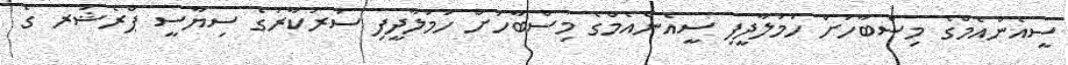
ސީއެންއެމްގެ މިސްބާހަށް ހަމަލާދީފި ސީއެންއެމްގެ މިސްބާހަށް ހަމަލާދީފި ސަރުކާރުގެ ސިޔާސީ ޕްރެޝަރ ގެ